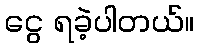
ငွေ ရခဲ့ပါတယ်။